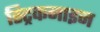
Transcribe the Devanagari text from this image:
स्ट्रिकनाइन